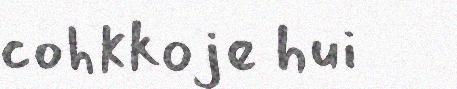
cohkkoje hui